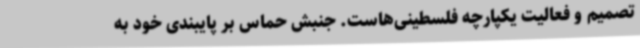
تصمیم و فعالیت یکپارچه فلسطینی‌هاست. جنبش حماس بر پایبندی خود به